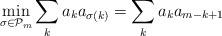
LaTeX: \begin{align*}\min_{\sigma \in \mathcal{P}_m} \sum_k a_k a_{\sigma(k)} = \sum_k a_k a_{m-k+1}\end{align*}